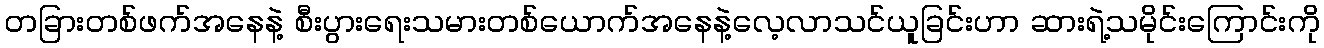
တခြားတစ်ဖက်အနေနဲ့ စီးပွားရေးသမားတစ်ယောက်အနေနဲ့လေ့လာသင်ယူခြင်းဟာ ဆားရဲ့သမိုင်းကြောင်းကို